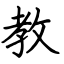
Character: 教